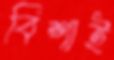
বিশাই